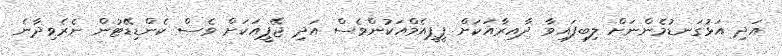
އަދި އަޅުގަނޑުމެންނަށް ލިބިފައިވާ ދާއިރާއަކަށް ޕީޕީއެމްއަކުންވެސް އަދި ޖޭޕީއަކަށް ވެސް ކެންޑިޑޭޓުން ނެރެވިދާނެ